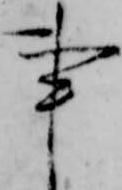
事